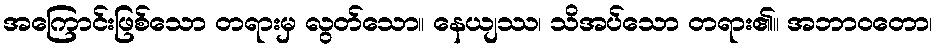
အကြောင်းဖြစ်သော တရားမှ လွတ်သော။ နေယျဿ၊ သိအပ်သော တရား၏။ အဘာဝတော၊